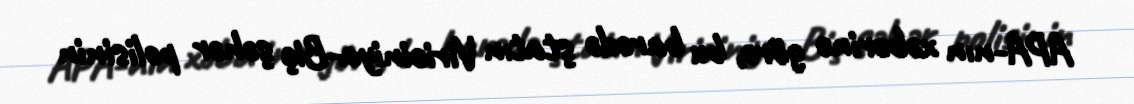
APA-nın xəbərinə görə, bu barədə ştatın Viriciniya-Biç şəhər polisinin